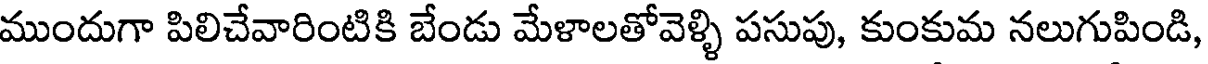
ముందుగా పిలిచేవారింటికి బేండు మేళాలతోవెళ్ళి పసుపు, కుంకుమ నలుగుపిండి,